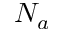
N _ { a }